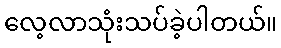
လေ့လာသုံးသပ်ခဲ့ပါတယ်။